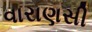
વારાણસી